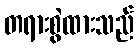
တရားစွဲထားသည်